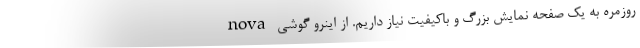
روزمره به یک صفحه نمایش بزرگ و باکیفیت نیاز داریم. از اینرو گوشی nova